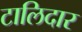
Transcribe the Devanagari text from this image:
टालिदार